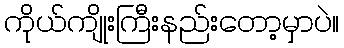
ကိုယ်ကျိုးကြီးနည်းတော့မှာပဲ။